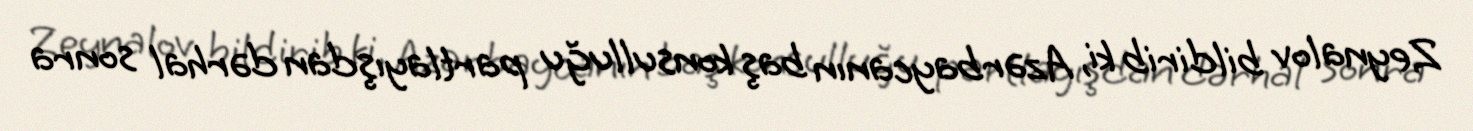
Zeynalov bildirib ki, Azərbaycanın baş konsulluğu partlayışdan dərhal sonra